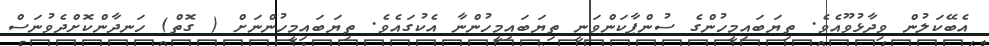
އެބޭކަލުން ވިދާޅުވޫއެެވެ. ތިޔަބައިމީހުންގެ ސުންޕާކަންވަނީ ތިޔަބައިމީހުންނާ އެކުގައެވެ. ތިޔަބައިމީހުންނަށް ( ގޮތް) ހަނދާންކޮށްދެވުނަސް